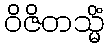
ဝိဇိတသ္မိံ